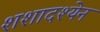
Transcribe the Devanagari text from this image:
शशादश्येन